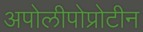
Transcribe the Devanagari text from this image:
अपोलीपोप्रोटीन